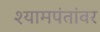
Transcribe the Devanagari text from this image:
श्यामपंतांवर